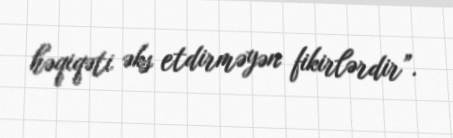
həqiqəti əks etdirməyən fikirlərdir”.